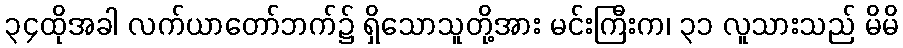
၃၄ထိုအခါ လက်ယာတော်ဘက်၌ ရှိသောသူတို့အား မင်းကြီးက၊ ၃၁ လူသားသည် မိမိ